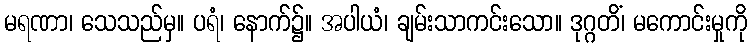
မရဏာ၊ သေသည်မှ။ ပရံ၊ နောက်၌။ အပါယံ၊ ချမ်းသာကင်းသော။ ဒုဂ္ဂတိံ၊ မကောင်းမှုကို